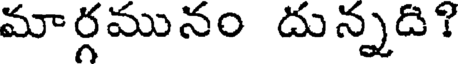
మార్గమునం దున్నది?